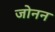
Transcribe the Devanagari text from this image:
जोनन